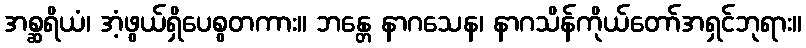
အစ္ဆရိယံ၊ အံ့ဖွယ်ရှိပေစွတကား။ ဘန္တေ နာဂသေန၊ နာဂသိန်ကိုယ်တော်အရှင်ဘုရား။